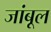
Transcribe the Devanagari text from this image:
जांबूल